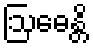
ဩဓေန္တိ